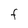
Character: F